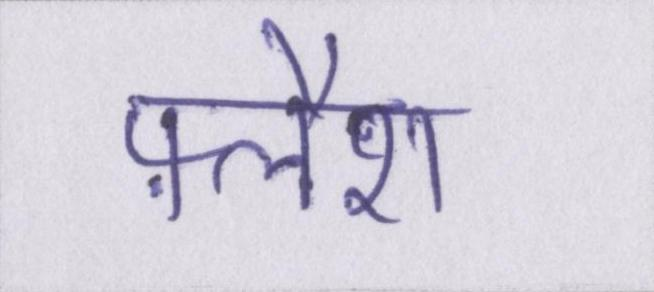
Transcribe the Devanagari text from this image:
फ़्लैश